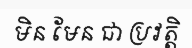
មិន មែន ជា ប្រវត្តិ